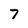
Character: 7